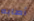
أصابه